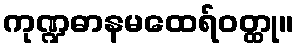
ကုဏ္ဍဓာနမထေရ်ဝတ္ထု။